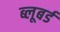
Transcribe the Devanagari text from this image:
ब्लूबर्ड